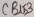
Text: CBUS3